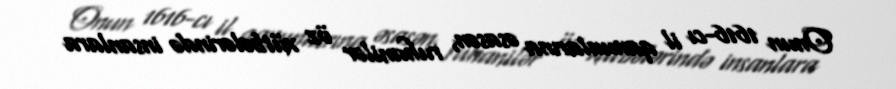
Onun 1616-cı il qanunlarına əsasən, ruhanilər öz xütbələrində insanlara